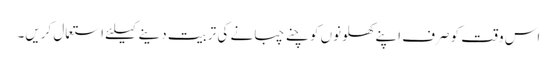
اس وقت کو صرف اپنے کھلونوں کو چنے چبانے کی تربیت دینے کیلئے استعمال کریں۔